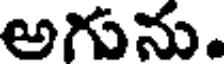
అగును.